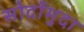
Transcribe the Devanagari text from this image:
सोर्दोमुदा